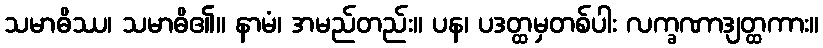
သမာဓိဿ၊ သမာဓိ၏။ နာမံ၊ အမည်တည်း။ ပန၊ ပဒတ္ထမှတစ်ပါး လက္ခဏာဒျတ္ထကား။